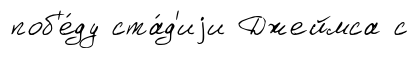
поб'е́ду ста́д'иjи Джеймса с